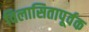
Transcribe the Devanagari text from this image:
विलासितापूर्वक